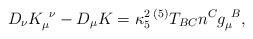
\begin{align*}D_\nu K^{~\nu}_\mu - D_\mu K = \kappa_5^2\, {}^{(5)}T_{B C}n^C g_\mu^{~B} ,\end{align*}